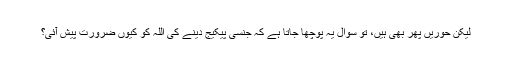
لیکن حوریں پھر بھی ہیں، تو سوال یہ پوچھا جاتا ہے کہ جنسی پیکیج دینے کی اللہ کو کیوں ضرورت پیش آئی؟